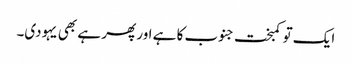
ایک تو کمبخت جنوب کا ہے اور پھر ہے بھی یہودی۔